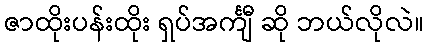
ဇာထိုးပန်းထိုး ရှပ်အင်္ကျီ ဆို ဘယ်လိုလဲ။